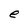
Character: e